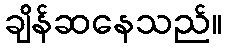
ချိန်ဆနေသည်။